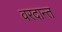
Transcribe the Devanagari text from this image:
वरदान्त